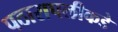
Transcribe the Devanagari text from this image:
पठारापलीकडे